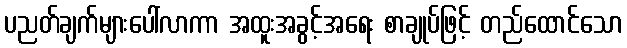
ပညတ်ချက်များပေါ်လာကာ အထူးအခွင့်အရေး စာချုပ်ဖြင့် တည်ထောင်သော